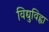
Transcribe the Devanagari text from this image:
विद्युविह्वा